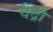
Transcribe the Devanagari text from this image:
चैंद्री